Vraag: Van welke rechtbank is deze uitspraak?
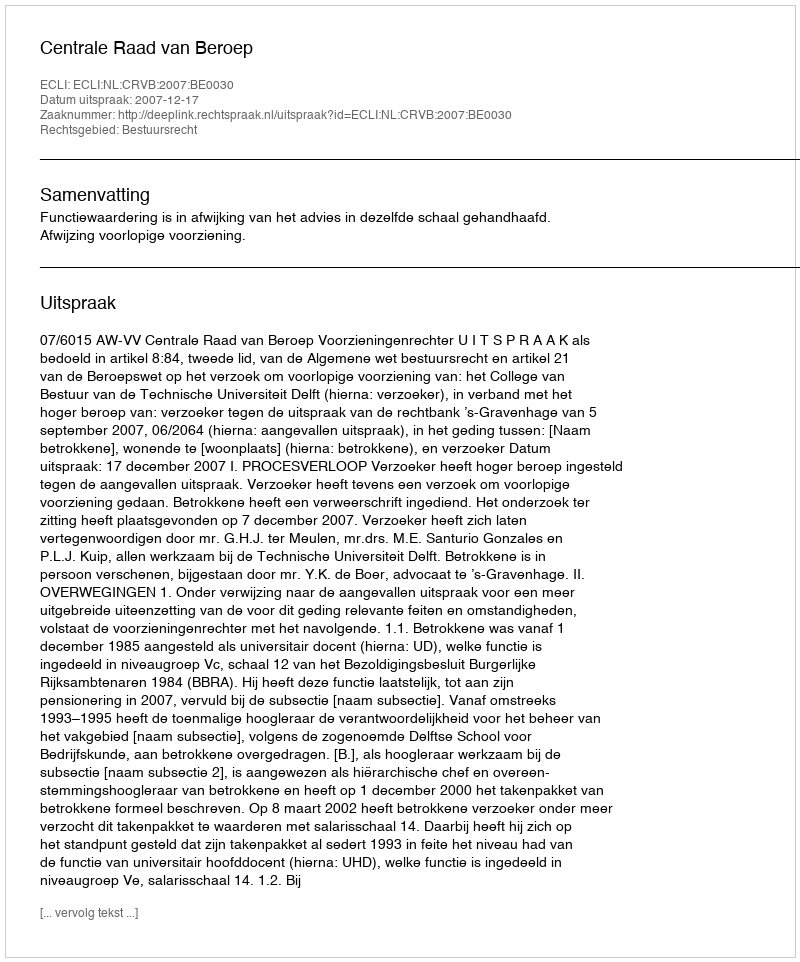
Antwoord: Centrale Raad van Beroep